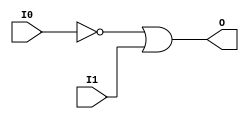
// $Header: /devl/xcs/repo/env/Databases/CAEInterfaces/verunilibs/s/OR2B1.v,v 1.8.22.1 2003/11/18 20:41:39 wloo Exp $

/*

FUNCTION	: 2-INPUT OR GATE

*/

`timescale  100 ps / 10 ps


module OR2B1 (O, I0, I1);

    output O;

    input  I0, I1;

    not N0 (i0_inv, I0);
    or O1 (O, i0_inv, I1);

    specify
	(I0 *> O) = (0, 0);
	(I1 *> O) = (0, 0);
    endspecify

endmodule